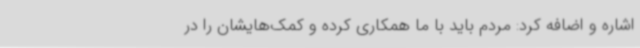
اشاره و اضافه کرد: مردم باید با ما همکاری کرده و کمک‌هایشان را در